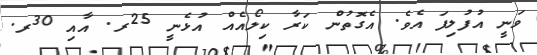
ވަނީ އުފުލިފަ އެވެ. އެގޮތުން ކަރާ ކިލޯއެއް އުޅެނީ 25ރ. އާއި 30ރ.